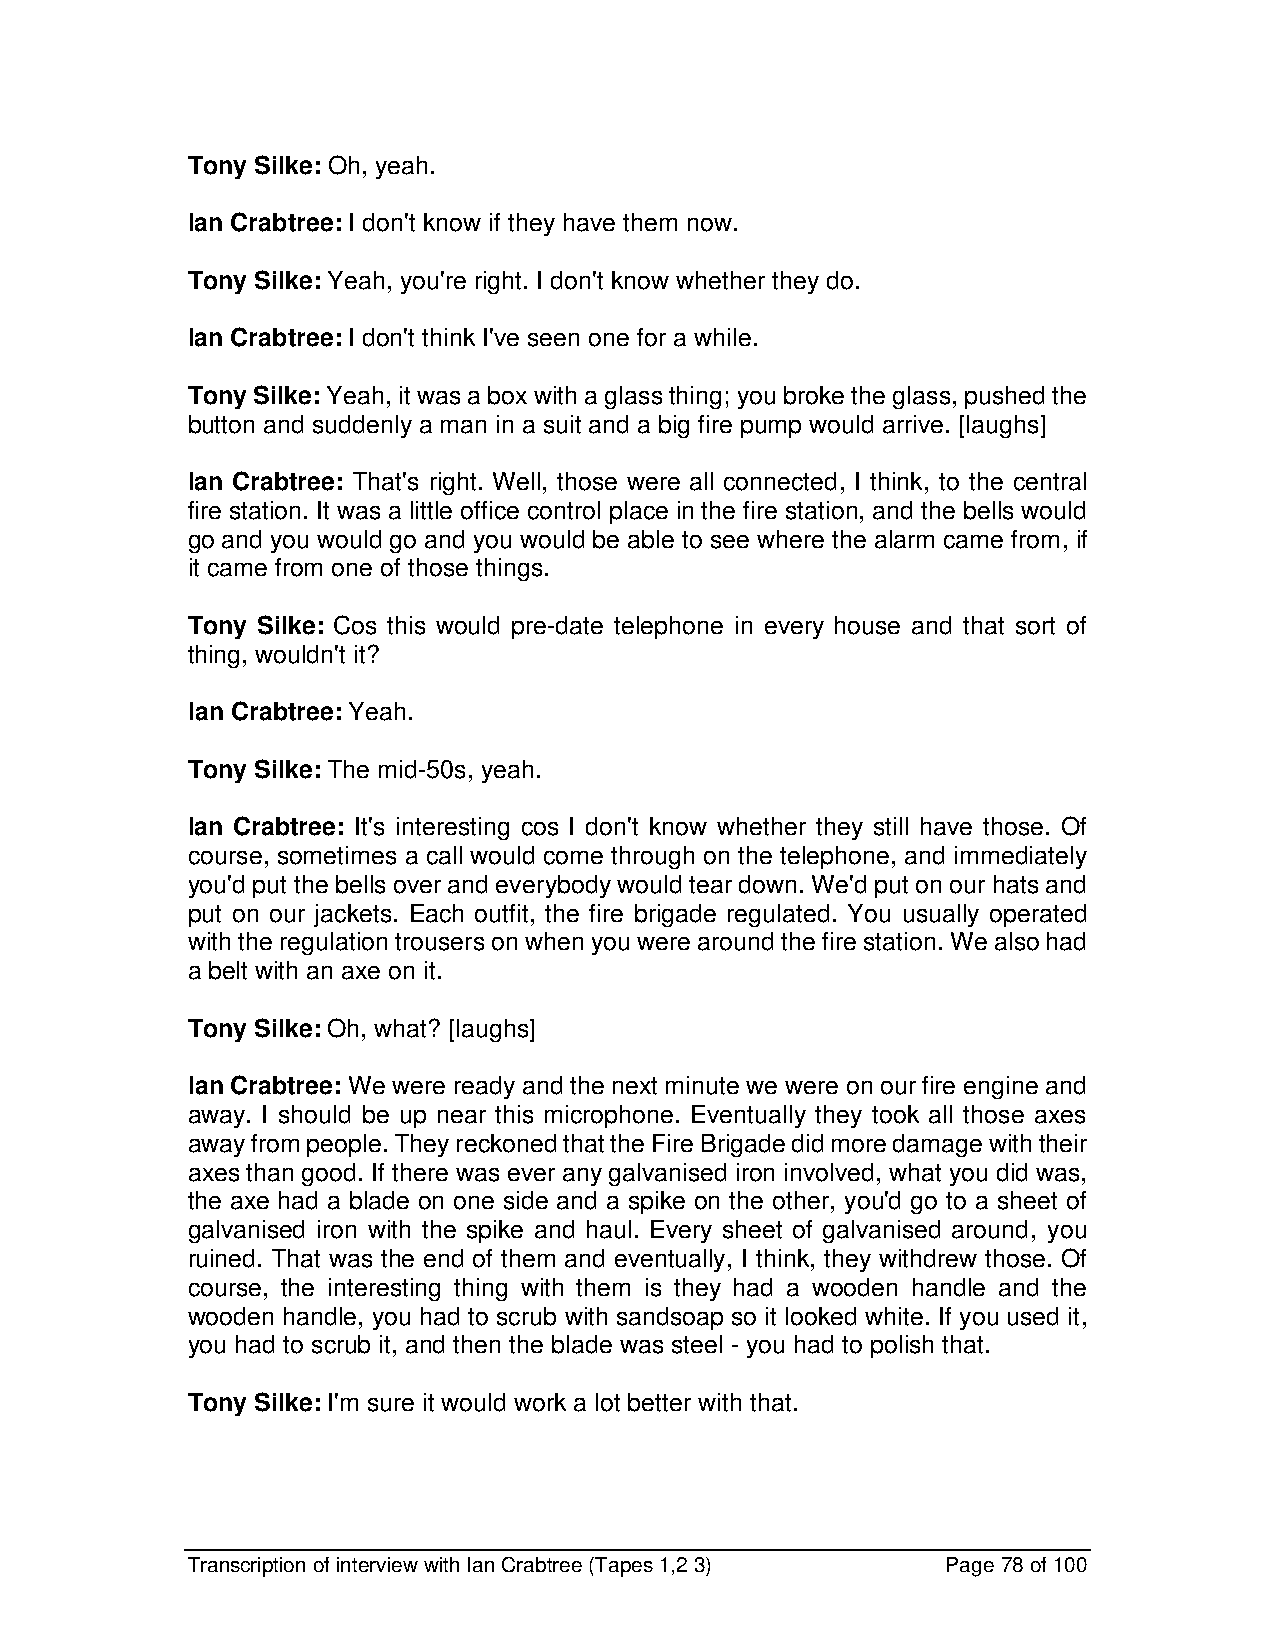
Tony Silke: Oh, yeah.
 Ian Crabtree: I don't know if they have them now.
 Tony Silke: Yeah, you're right. I don't know whether they do.
 Ian Crabtree: I don't think I've seen one for a while.
 Tony Silke: Yeah, it was a box with a glass thing; you broke the glass, pushed the
 button and suddenly a man in a suit and a big fire pump would arrive. [laughs]
 Ian Crabtree: That's right. Well, those were all connected, I think, to the central
 fire station. It was a little office control place in the fire station, and the bells would
 go and you would go and you would be able to see where the alarm came from, if
 it came from one of those things.
 Tony Silke: Cos this would pre-date telephone in every house and that sort of
 thing, wouldn't it?
 Ian Crabtree: Yeah.
 Tony Silke: The mid-50s, yeah.
 Ian Crabtree: It's interesting cos I don't know whether they still have those. Of
 course, sometimes a call would come through on the telephone, and immediately
 you'd put the bells over and everybody would tear down. We'd put on our hats and
 put on our jackets. Each outfit, the fire brigade regulated. You usually operated
 with the regulation trousers on when you were around the fire station. We also had
 a belt with an axe on it.
 Tony Silke: Oh, what? [laughs]
 Ian Crabtree: We were ready and the next minute we were on our fire engine and
 away. I should be up near this microphone. Eventually they took all those axes
 away from people. They reckoned that the Fire Brigade did more damage with their
 axes than good. If there was ever any galvanised iron involved, what you did was,
 the axe had a blade on one side and a spike on the other, you'd go to a sheet of
 galvanised iron with the spike and haul. Every sheet of galvanised around, you
 ruined. That was the end of them and eventually, I think, they withdrew those. Of
 course, the interesting thing with them is they had a wooden handle and the
 wooden handle, you had to scrub with sandsoap so it looked white. If you used it,
 you had to scrub it, and then the blade was steel - you had to polish that.
 Tony Silke: I'm sure it would work a lot better with that.
 Transcription of interview with Ian Crabtree (Tapes 1,2 3) Page 78 of 100